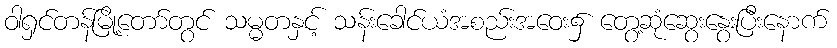
ဝါရှင်တန်မြို့တော်တွင် သမ္မတနှင့် သန်းခေါင်ယံအစည်းအဝေး၌ တွေ့ဆုံဆွေးနွေးပြီးနောက်